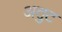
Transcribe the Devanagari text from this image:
अतुट